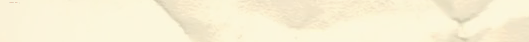
جبتك سحر النكهات الشرقية